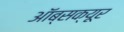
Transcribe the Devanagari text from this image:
ऑब्सक्यूर